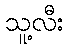
သူ့လီး